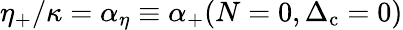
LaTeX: \eta_{+}/\kappa=\alpha_{\eta}\equiv\alpha_{+}(N=0,\Delta_{\mathrm{c}}=0)